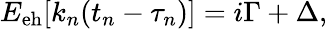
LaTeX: \begin{array}{r}{E_{\mathrm{eh}}[k_{n}(t_{n}-\tau_{n})]=i\Gamma+\Delta,}\end{array}